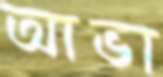
আভা